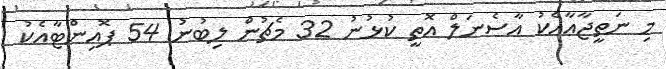
މި ނަތީޖާއާއެކު އާސެނަލް އޮތީ ކުޅުނު 32 މެޗުން ލިބުނު 54 ޕޮއިންޓާއެކު